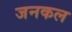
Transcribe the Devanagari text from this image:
जनकल